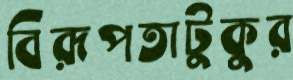
বিরূপতাটুকুর